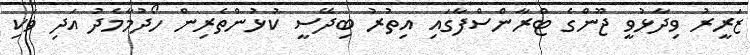
ޒަރީރު ވިދާޅުވީ ޖޫންގެ ޓްރާންސްފާގައި އިތުރު ބިދޭސީ ކުޅުންތެރިން ހޯދުމާމެދު އަދި ވަކި